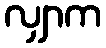
လျှာက